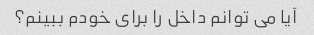
آیا می توانم داخل را برای خودم ببینم؟